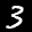
Label: 3